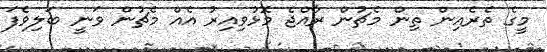
މީގެ ތެރެއިން ތިން މެޗުން ރާއްޖެ މޮޅުވިއިރު އެއް މެޗުން ވަނީ ބަލިވެފަ